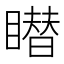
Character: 𥋋